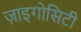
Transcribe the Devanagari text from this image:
ज़ाइगोसिटी